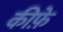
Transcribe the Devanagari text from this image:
कीफ़े